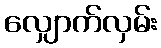
လျှောက်လှမ်း